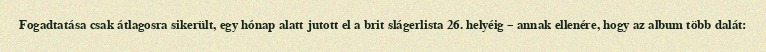
Fogadtatása csak átlagosra sikerült, egy hónap alatt jutott el a brit slágerlista 26. helyéig – annak ellenére, hogy az album több dalát: